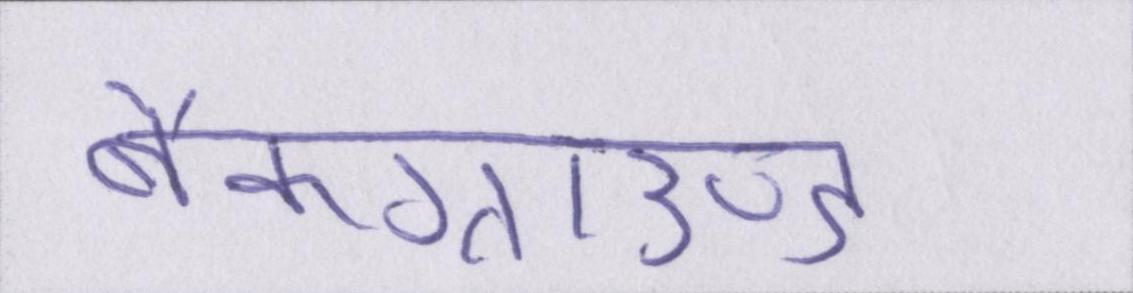
बैकग्राउण्ड